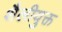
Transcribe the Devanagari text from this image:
शैलीयुक्त